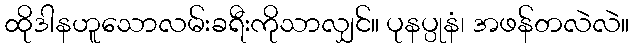
ထိုဒါနဟူသောလမ်းခရီးကိုသာလျှင်။ ပုနပ္ပုနံ၊ အဖန်တလဲလဲ။